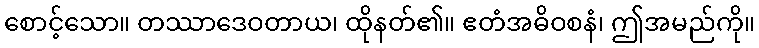
စောင့်သော။ တဿာဒေဝတာယ၊ ထိုနတ်၏။ ဧတံအဓိဝစနံ၊ ဤအမည်ကို။